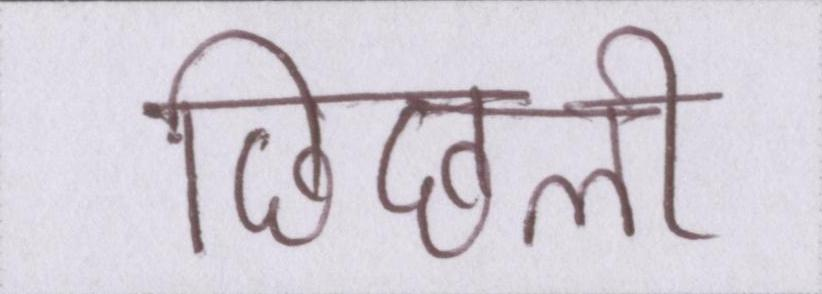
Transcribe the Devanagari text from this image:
छिछली